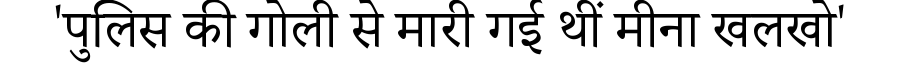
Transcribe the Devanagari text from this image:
'पुलिस की गोली से मारी गई थीं मीना खलखो'